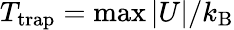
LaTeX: T_{\mathrm{trap}}=\operatorname*{max}{|U|}/k_{\mathrm{B}}